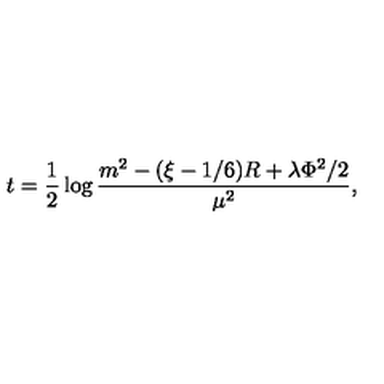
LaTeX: t = \frac { 1 } { 2 } \log \frac { m ^ { 2 } - ( \xi - 1 / 6 ) R + \lambda \Phi ^ { 2 } / 2 } { \mu ^ { 2 } } ,